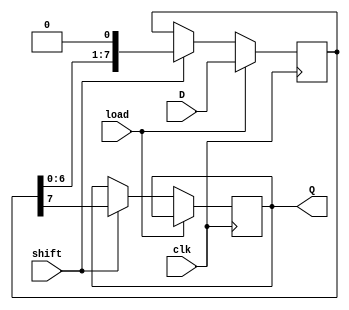
module PISO_Register #(
    parameter WIDTH = 8  // Width of the register (number of bits)
)(
    input wire clk,         // Clock signal
    input wire load,        // Load signal
    input wire shift,       // Shift signal
    input wire [WIDTH-1:0] D, // Parallel input data
    output reg Q           // Serial output data
);

    reg [WIDTH-1:0] shift_reg; // Internal shift register

    always @(posedge clk) begin
        if (load) begin
            // Load the parallel data into the shift register
            shift_reg <= D;
        end else if (shift) begin
            // Shift the data out serially
            Q <= shift_reg[WIDTH-1]; // Output the MSB
            shift_reg <= {shift_reg[WIDTH-2:0], 1'b0}; // Shift left
        end
    end

endmodule